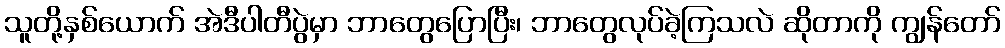
သူတို့နှစ်ယောက် အဲဒီပါတီပွဲမှာ ဘာတွေပြောပြီး၊ ဘာတွေလုပ်ခဲ့ကြသလဲ ဆိုတာကို ကျွန်တော်